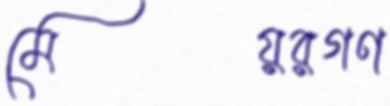
মেয়রগণ